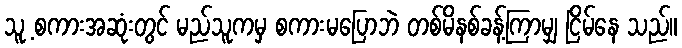
သူ့ စကားအဆုံးတွင် မည်သူကမှ စကားမပြောဘဲ တစ်မိနစ်ခန့်ကြာမျှ ငြိမ်နေ သည်။